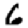
Digit: 6